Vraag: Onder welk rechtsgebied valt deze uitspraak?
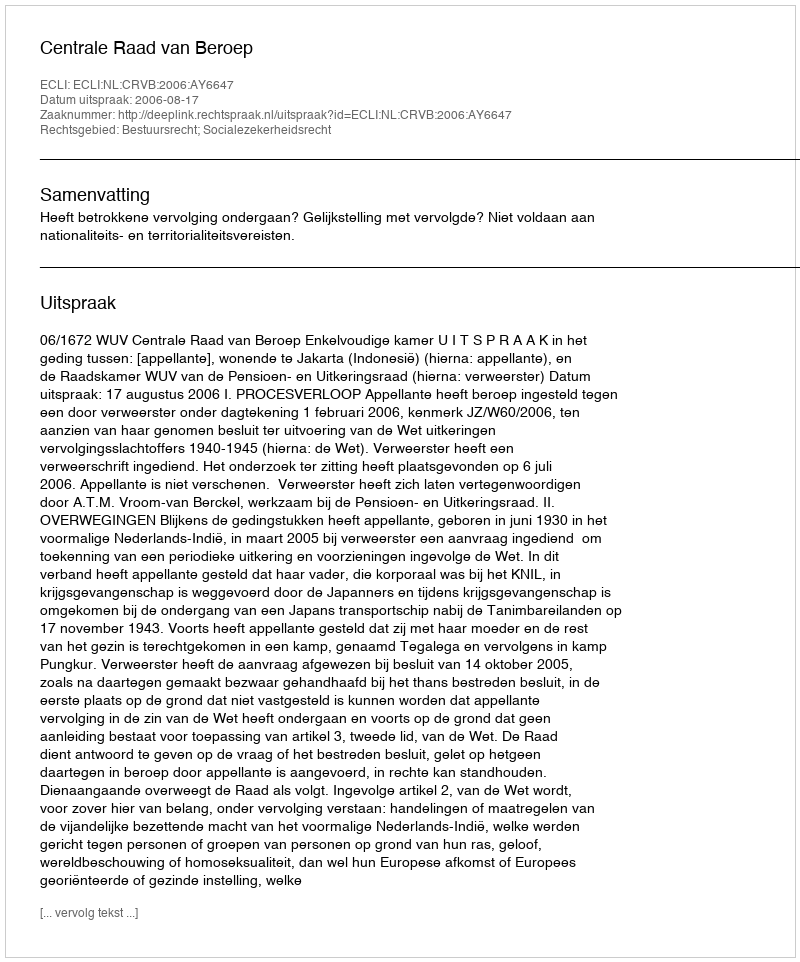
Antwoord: Bestuursrecht; Socialezekerheidsrecht